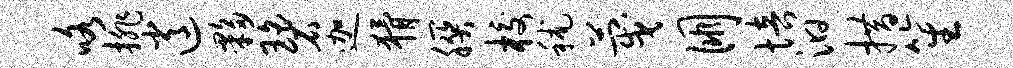
咯排逍夥碧迦猾朕校秫蔑朋培汩措笙